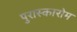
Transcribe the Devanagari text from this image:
पुरास्कारोम